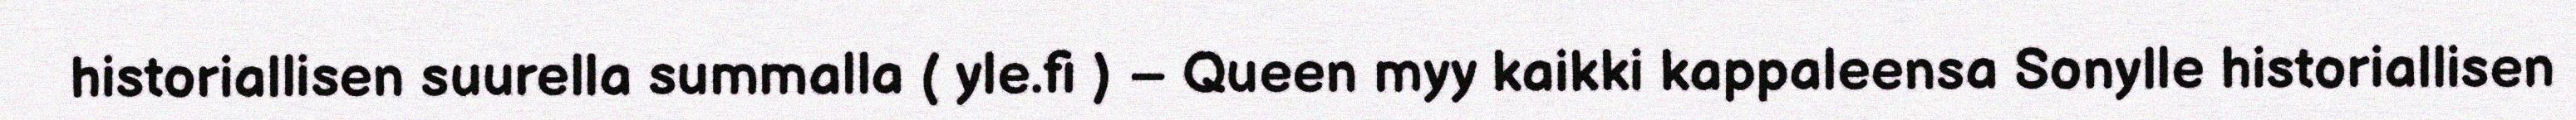
historiallisen suurella summalla ( yle.fi ) – Queen myy kaikki kappaleensa Sonylle historiallisen